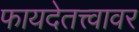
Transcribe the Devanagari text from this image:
फायदेतत्त्वावर